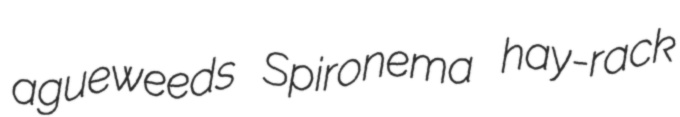
agueweeds Spironema hay-rack